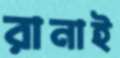
রানাই